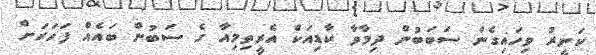
ކަނީރު ވިހައިގެން ސަބަބުން ދިމާވާ ކާޑިއަކް އެރީތިމިއާ ގެ ސަބުން ބައެއް ފަހަރަށް